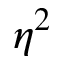
\eta ^ { 2 }